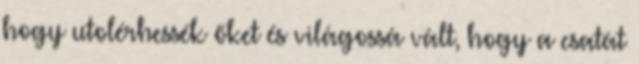
hogy utolérhessék őket és világossá vált, hogy a csatát